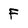
Character: f